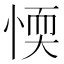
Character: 愞